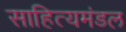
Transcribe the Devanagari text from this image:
साहित्यमंडल